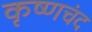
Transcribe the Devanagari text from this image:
कृष्णचंद